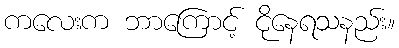
ကလေးက ဘာကြောင့် ငိုနေရသနည်း။